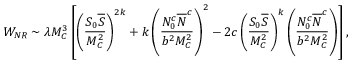
W _ { N R } \sim \lambda M _ { C } ^ { 3 } \left[ \left( \frac { S _ { 0 } { \overline { { S } } } } { M _ { C } ^ { 2 } } \right) ^ { 2 k } + k \left( \frac { N _ { 0 } ^ { c } { \overline { { N } } ^ { c } } } { b ^ { 2 } M _ { C } ^ { 2 } } \right) ^ { 2 } - 2 c \left( \frac { S _ { 0 } { \overline { { S } } } } { M _ { C } ^ { 2 } } \right) ^ { k } \left( \frac { N _ { 0 } ^ { c } { \overline { { N } } ^ { c } } } { b ^ { 2 } M _ { C } ^ { 2 } } \right) \right] ,